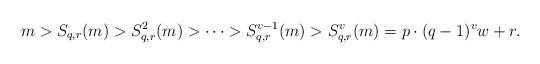
LaTeX: \begin{align*}m > S_{q,r}(m) > S_{q,r}^2(m) > \cdots > S_{q,r}^{v-1}(m) > S_{q,r}^v(m) = p \cdot (q -1)^v w+r.\end{align*}